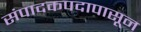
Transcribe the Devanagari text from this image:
संपादकपदापासून